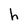
Character: h